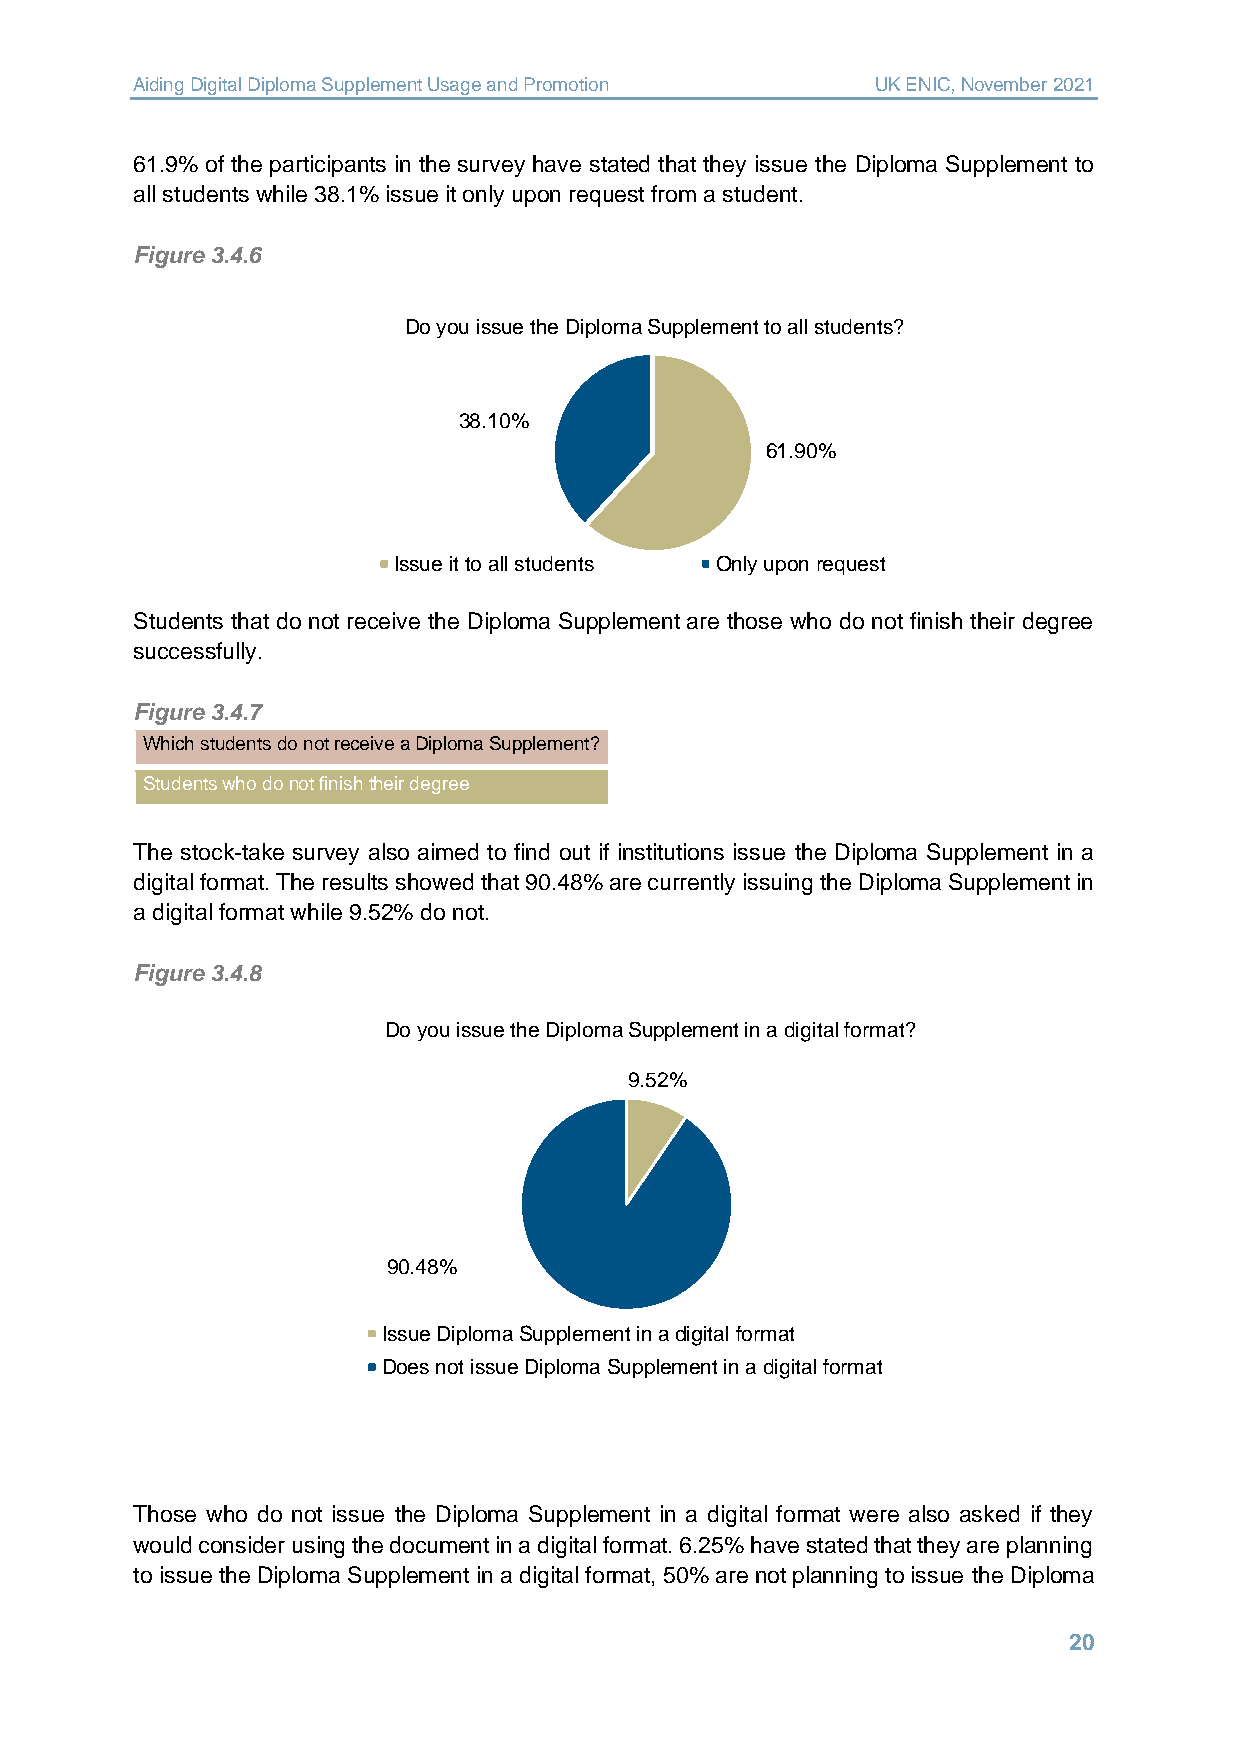
Aiding Digital Diploma Supplement Usage and Promotion UK ENIC, November 2021
 61.9% of the participants in the survey have stated that they issue the Diploma Supplement to
 all students while 38.1% issue it only upon request from a student.
 Figure 3.4.6
 Do you issue the Diploma Supplement to all students?
 38.10%
 61.90%
 Issue it to all students Only upon request
 Students that do not receive the Diploma Supplement are those who do not finish their degree
 successfully.
 Figure 3.4.7
 Which students do not receive a Diploma Supplement?
 Students who do not finish their degree
 The stock-take survey also aimed to find out if institutions issue the Diploma Supplement in a
 digital format. The results showed that 90.48% are currently issuing the Diploma Supplement in
 a digital format while 9.52% do not.
 Figure 3.4.8
 Do you issue the Diploma Supplement in a digital format?
 9.52%
 90.48%
 Issue Diploma Supplement in a digital format
 Does not issue Diploma Supplement in a digital format
 Those who do not issue the Diploma Supplement in a digital format were also asked if they
 would consider using the document in a digital format. 6.25% have stated that they are planning
 to issue the Diploma Supplement in a digital format, 50% are not planning to issue the Diploma
 20